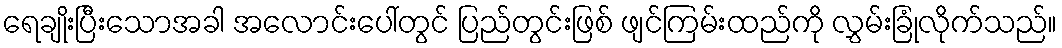
ရေချိုးပြီးသောအခါ အလောင်းပေါ်တွင် ပြည်တွင်းဖြစ် ဖျင်ကြမ်းထည်ကို လွှမ်းခြုံလိုက်သည်။